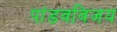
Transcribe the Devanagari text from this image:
पांडवविजय